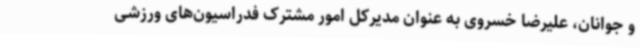
و جوانان، علیرضا خسروی به عنوان مدیرکل امور مشترک فدراسیون‌های ورزشی